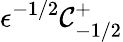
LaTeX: \epsilon^{-1/2}\mathcal{C}_{-1/2}^{+}